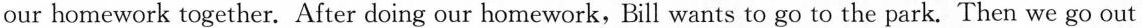
our homework together. After doing our homework, Bill wants to go to the park. Then we go out